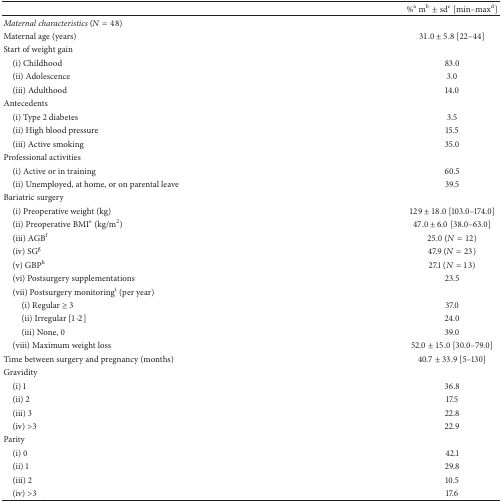
|  | %a mb± sdc [min–maxd] |
 | --- | --- |
 | Maternal characteristics (N = 48) |  |
 | Maternal age (years) | 31.0 ± 5.8 [22–44] |
 | Start of weight gain |  |
 | (i) Childhood | 83.0 |
 | (ii) Adolescence | 3.0 |
 | (iii) Adulthood | 14.0 |
 | Antecedents |  |
 | (i) Type 2 diabetes | 3.5 |
 | (ii) High blood pressure | 15.5 |
 | (iii) Active smoking | 35.0 |
 | Professional activities |  |
 | (i) Active or in training | 60.5 |
 | (ii) Unemployed, at home, or on parental leave | 39.5 |
 | Bariatric surgery |  |
 | (i) Preoperative weight (kg) | 129 ± 18.0 [103.0–174.0] |
 | (ii) Preoperative BMIe (kg/m2) | 47.0 ± 6.0 [38.0–63.0] |
 | (iii) AGBf | 25.0 (N = 12) |
 | (iv) SGg | 47.9 (N = 23) |
 | (v) GBPh | 27.1 (N = 13) |
 | (vi) Postsurgery supplementations | 23.5 |
 | (vii) Postsurgery monitoringi (per year) |  |
 | (i) Regular ≥ 3 | 37.0 |
 | (ii) Irregular [1-2] | 24.0 |
 | (iii) None, 0 | 39.0 |
 | (viii) Maximum weight loss | 52.0 ± 15.0 [30.0–79.0] |
 | Time between surgery and pregnancy (months) | 40.7 ± 33.9 [5–130] |
 | Gravidity |  |
 | (i) 1 | 36.8 |
 | (ii) 2 | 17.5 |
 | (iii) 3 | 22.8 |
 | (iv) >3 | 22.9 |
 | Parity |  |
 | (i) 0 | 42.1 |
 | (ii) 1 | 29.8 |
 | (iii) 2 | 10.5 |
 | (iv) >3 | 17.6 |